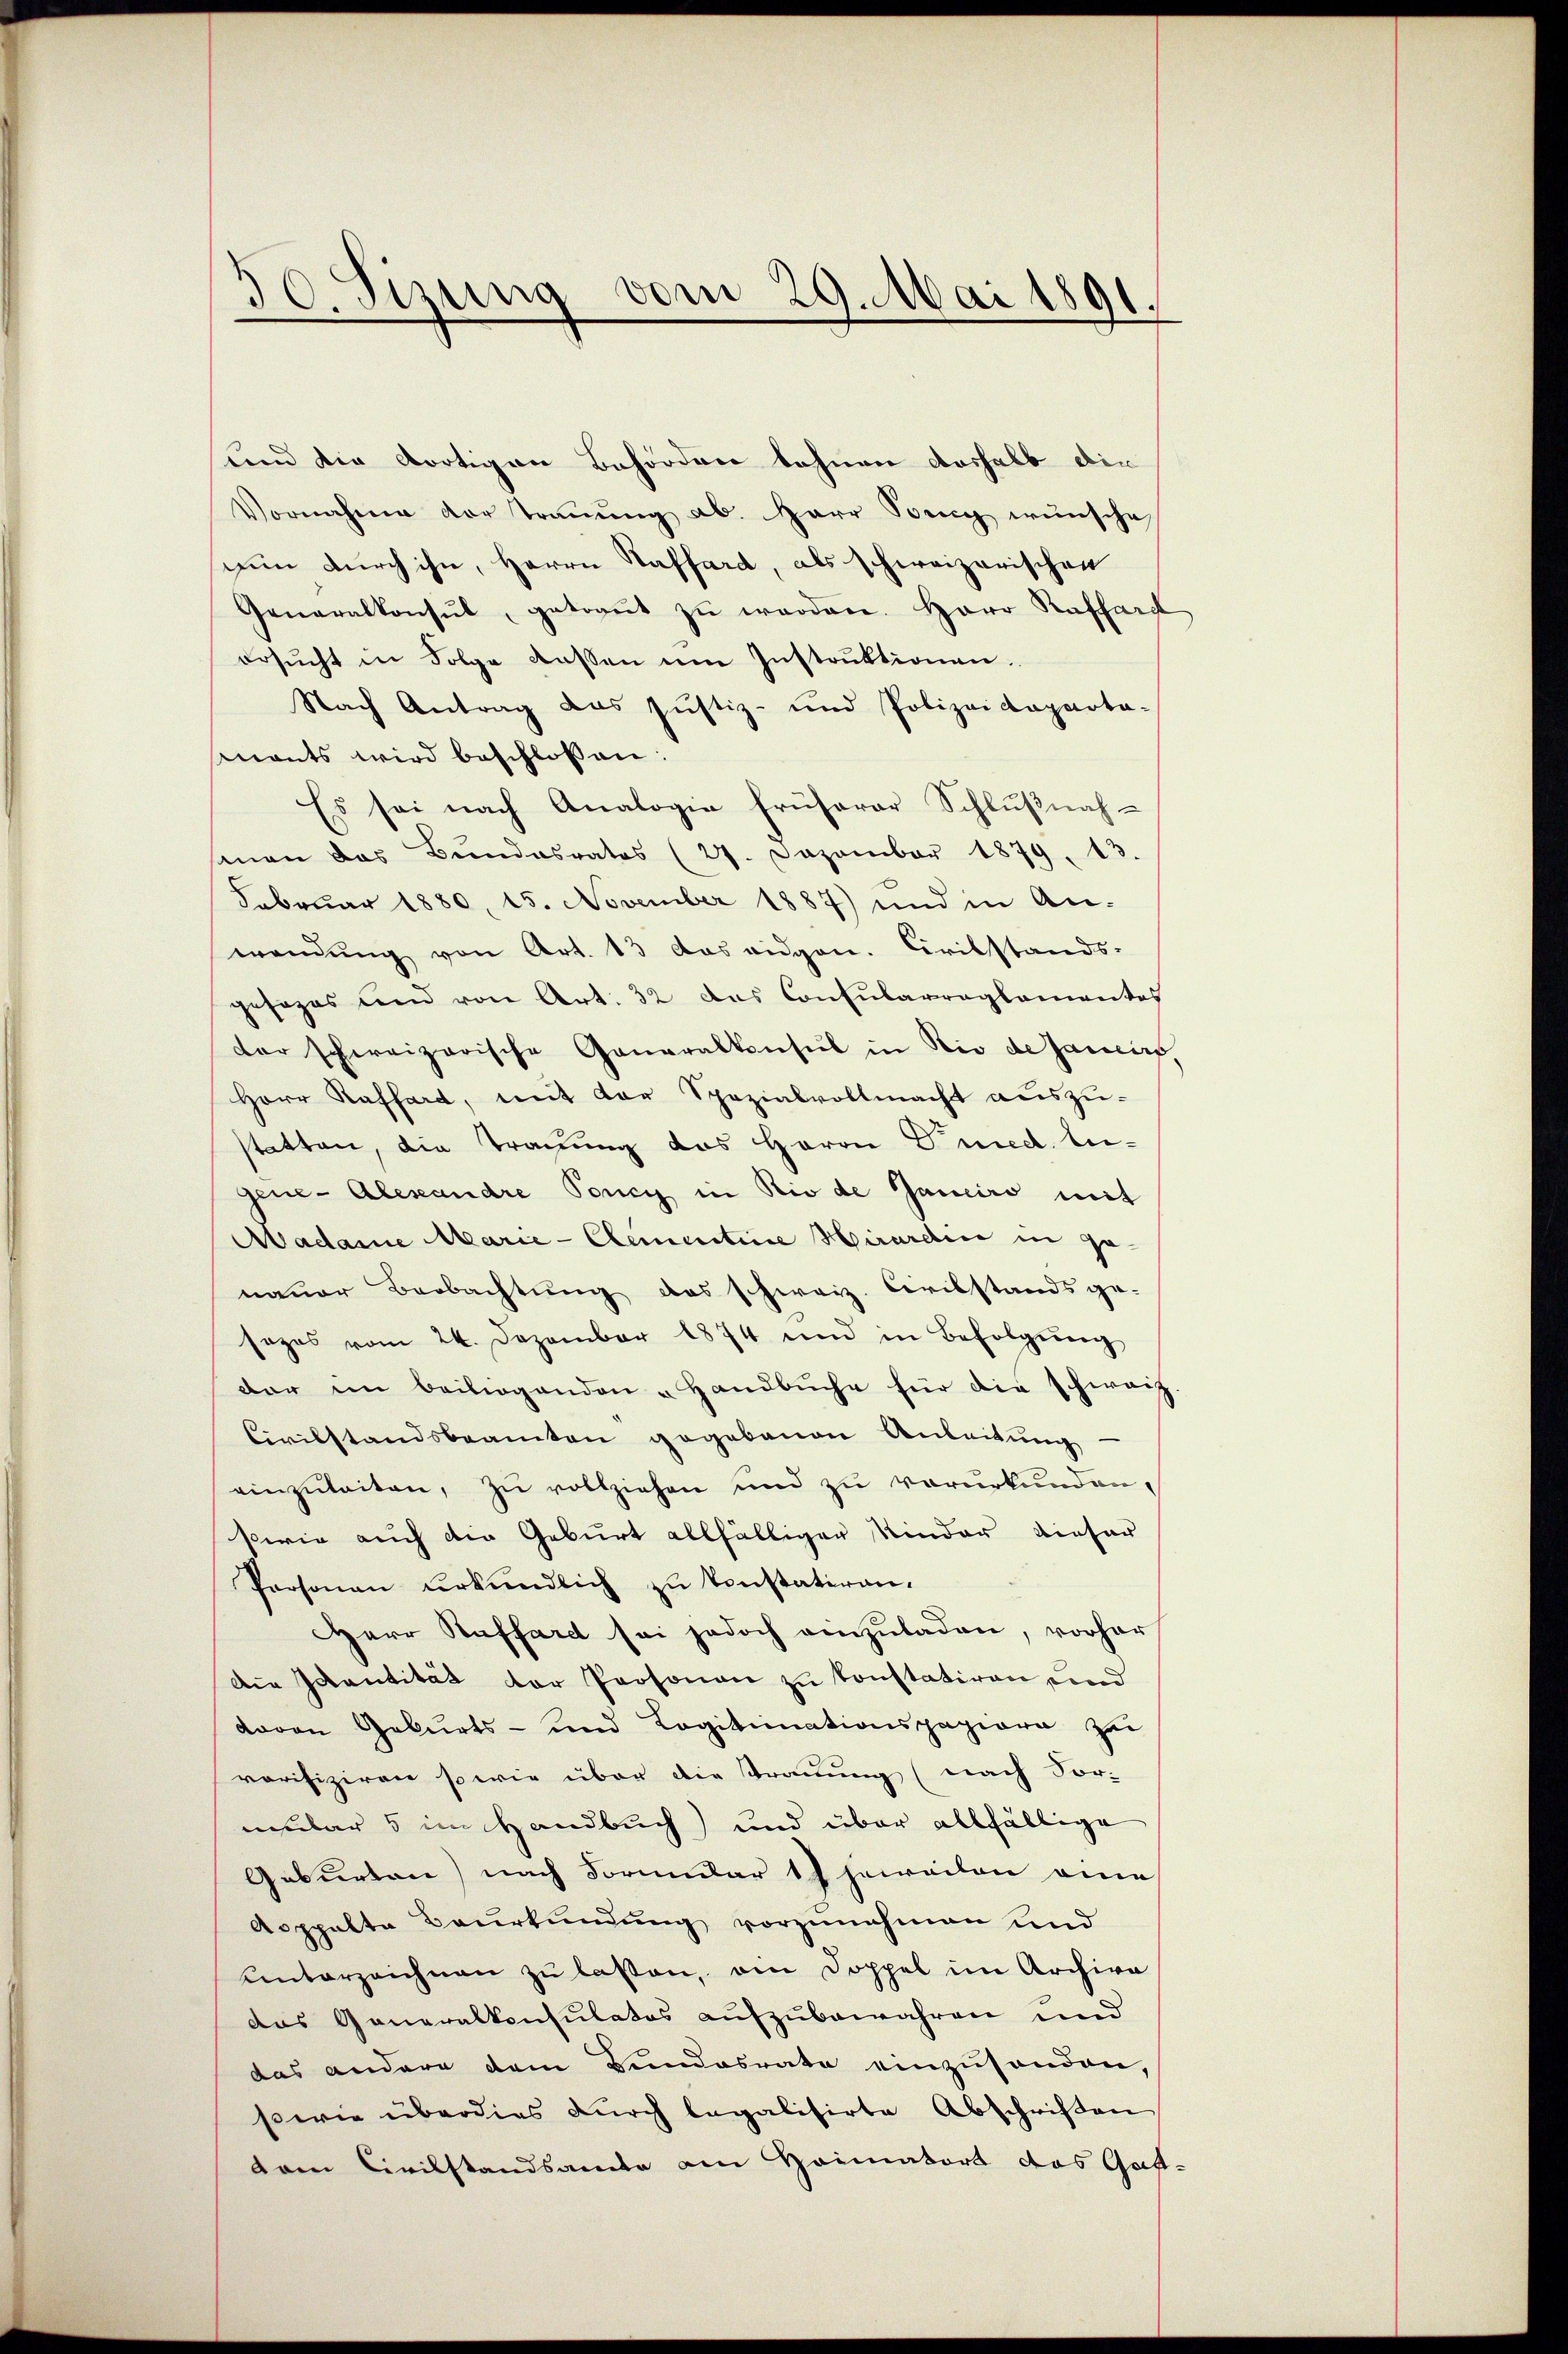
30. Sizung vom 29. Mai 1891.

und die dortigen Behörden lehnen deshalb die
Vornahme der Trauung ab. Herr Sonng wünsche
nun durch ihn, Herrn Staffard, als schweizerischen
Generalkonsŭl, getraŭt zŭ werden. Herr Raffarg
ersŭcht in Folge dessen im Instruktionen.
Nach Antrag das Justiz- und Polizeideparta-
snants wird beschlossen:
Es sei nach Analogie früherer Schlußnahsenen das Bŭndesrates (27. Dezember 1879, 13.
Februar 1880, 15. November 1887) und in An-
wendung von Art. 13 das eidgen. Civilstands-
gesages und von Art. 32 das Consularreglementes
der schweizerische Generalkonsul in Rio de Janis
Herr Raffard, mit der Spezialvollmacht auszu-
statten, die Tragung des Herrn Fried. Augene-Alexandre Poncy in Rio de Janeiro mit
Madame Marie-Clementine Hirardine in genauer Beobachtung das schweiz. Civilstandsge-
sozos vom 24. Dezember 1874 und in Befolgŭng
dar im beiliegenden „Handbuche für die schweiz.
Civilstandsbeamten gegebauen Anleitung
einzŭleiten, zu vollziehen und zu verurkunden.
sowie auch die Geburt allfälliger Kinder dieser
Personaŭ ŭrkŭndlich zu konstatiren.
Herr Auffard sei jedoch einzuladen, vorher
Die Idantität der Personen zu konstatiren und
davon Geburts- und Logitimationspapiere zu
rorifiziren so wie über die Trauung (nach Vor-
mular 5 im Handbuch) und über allfällige
Geburten) nach Formular 19 jeweilen eine
Aoppelte Baŭrkŭndŭng vorzunehmen und
unterzeichnen zu laßen, am Doppel im Archiva
das Generalkonsulates aufzubewahren und
das andere dem Bundesrate einzŭsenden,
swie überdies durch legalisirte Abschriften
dem Civilstandsamte am Heimatort das Gast-